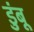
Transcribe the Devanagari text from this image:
डुंबू